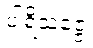
ပါရိသဇ္ဇေ